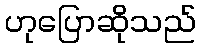
ဟုပြောဆိုသည်